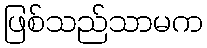
ဖြစ်သည်သာမက